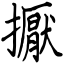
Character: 擫